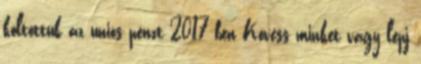
költöttük az uniós pénzt 2017-ben Kövess minket vagy lépj